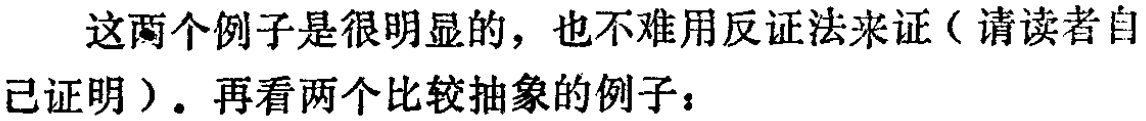
这两个例子是很明显的，也不难用反证法来证（请读者自己证明）。再看两个比较抽象的例子：